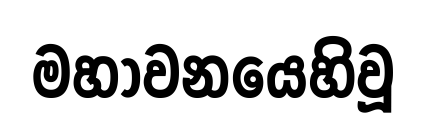
මහාවනයෙහිවූ